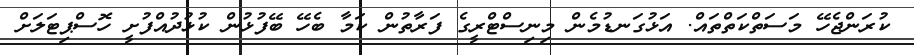
ކުރަންޖެހޭ މަސަތްކަތްތައް. އަޅުގަނޑުމެން މިނިސްޓްރީގެ ފަރާތުން ކަމާ ބެހޭ ބޭފުޅުން ކުޅުދުއްފުށީ ހޮސްޕިޓަލަށް